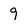
Character: 9